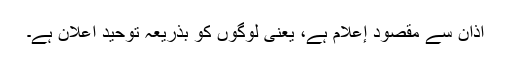
اذان سے مقصود إعلام ہے، یعنی لوگوں کو بذریعہ توحید اعلان ہے۔